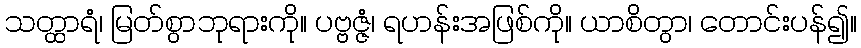
သတ္ထာရံ၊ မြတ်စွာဘုရားကို။ ပဗ္ဗဇ္ဇံ၊ ရဟန်းအဖြစ်ကို။ ယာစိတွာ၊ တောင်းပန်၍။